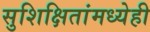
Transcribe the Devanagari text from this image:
सुशिक्षितांमध्येही